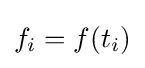
f_{i}=f(t_{i})